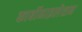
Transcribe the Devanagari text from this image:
कार्बोनाइलेशन